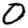
Digit: 0